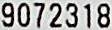
9072318